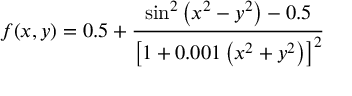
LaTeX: f ( x , y ) = 0 . 5 + { \frac { \sin ^ { 2 } \left( x ^ { 2 } - y ^ { 2 } \right) - 0 . 5 } { \left[ 1 + 0 . 0 0 1 \left( x ^ { 2 } + y ^ { 2 } \right) \right] ^ { 2 } } }